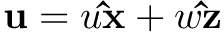
\mathbf { u } = u \mathbf { \hat { x } } + w \mathbf { \hat { z } }